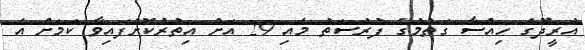
އުރީދޫގެ ހިއްސާ ގަތުމުގެ ފުރުސަތު މެއި 29 އަށް އިތުރުކޮށްފައިވާ ކަމަށް އެ